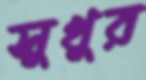
সুখুর